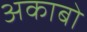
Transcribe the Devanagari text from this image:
अकाबो